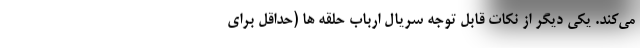
می‌کند. یکی دیگر از نکات قابل توجه سریال ارباب حلقه ها (حداقل برای